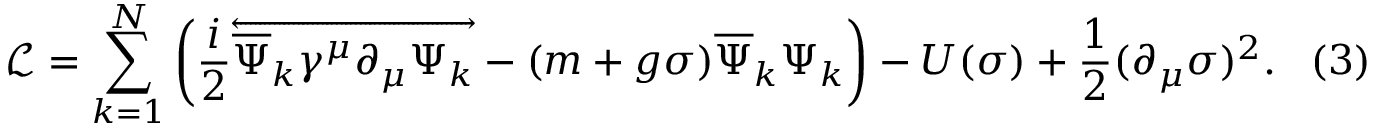
{ \mathcal { L } } = \sum _ { k = 1 } ^ { N } \left( { \frac { i } { 2 } } { \overleftrightarrow { { \overline { { \Psi } } } _ { k } \gamma ^ { \mu } \partial _ { \mu } \Psi _ { k } } } - ( m + g \sigma ) { \overline { { \Psi } } } _ { k } \Psi _ { k } \right) - U ( \sigma ) + { \frac { 1 } { 2 } } ( \partial _ { \mu } \sigma ) ^ { 2 } . \, \, \, \, \, ( 3 )